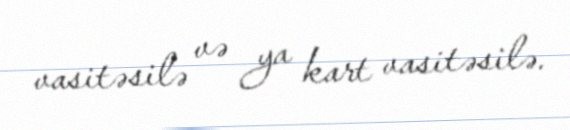
vasitəsilə və ya kart vasitəsilə.